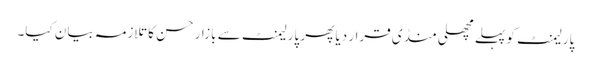
پارلیمنٹ کو پہلے مچھلی منڈی قرار دیا پھر پارلیمنٹ سے بازار حسن کا تلازمہ بیان کیا۔